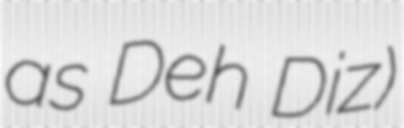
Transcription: as Deh Diz)